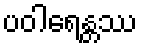
ပဝါရေန္တဿ